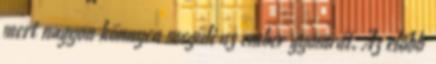
mert nagyon könnyen megüli az ember gyomrát. Az előbb